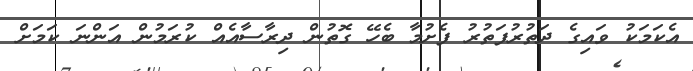
އެކަމަކު ވައިގެ ދަތުރުފަތުރު ފެށުމާ ބެހޭ ގޮތުން ދިރާސާއެއް ކުރަމުން އަންނަ ކަމަށް